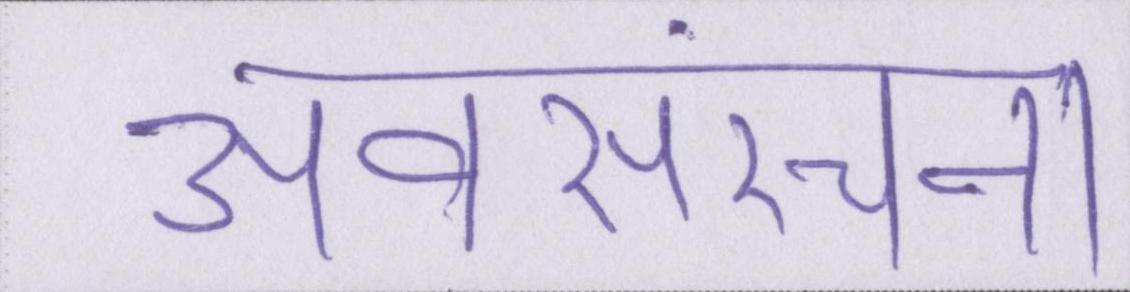
अवसंरचना